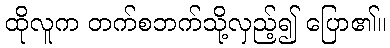
ထိုလူက တက်စဘက်သို့လှည့်၍ ပြော၏။